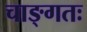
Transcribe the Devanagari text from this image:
चाङ्गतः